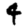
Digit: 4